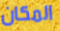
المكان